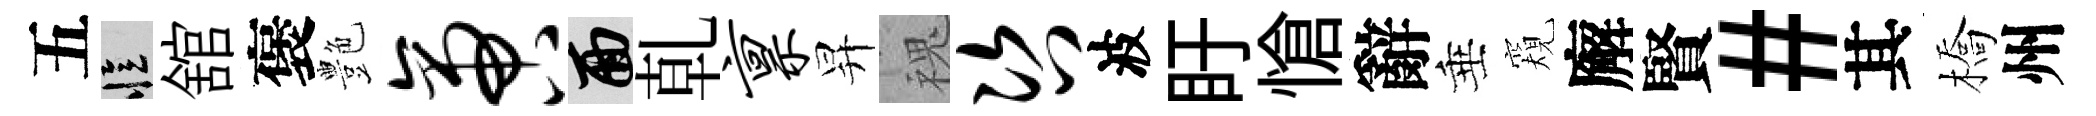
五忆舘褒艶啻面乹禀昇槐咨波盱愴辭垂窺廨賢#其橋州